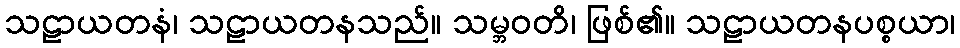
သဠာယတနံ၊ သဠာယတနသည်။ သမ္ဘဝတိ၊ ဖြစ်၏။ သဠာယတနပစ္စယာ၊